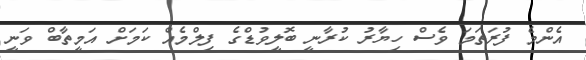
އެންމެ ފުރަތަމަ ވެސް ހިޔާރު ކުރާނީ ބޮލީވުޑްގެ ފިލްމެއް ކަމަށް އަމީތާބް ވަނީ